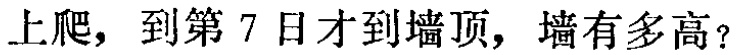
上爬，到第 7 日才到墙顶，墙有多高？